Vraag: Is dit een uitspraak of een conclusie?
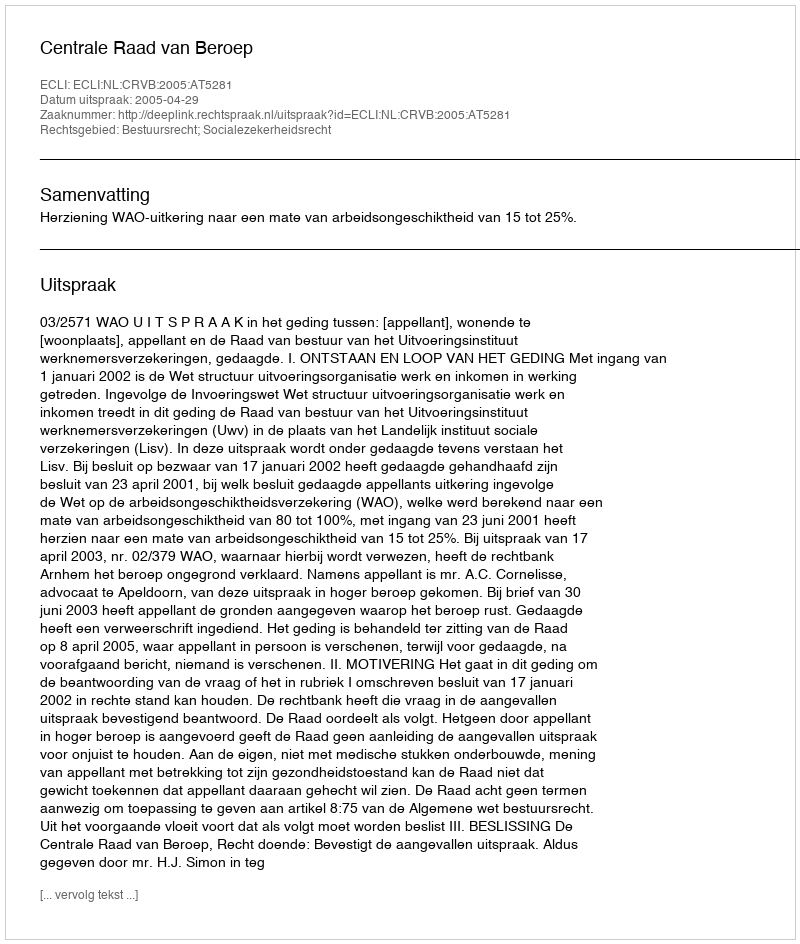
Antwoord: Uitspraak